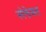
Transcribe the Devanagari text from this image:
स्पेक्तेकल